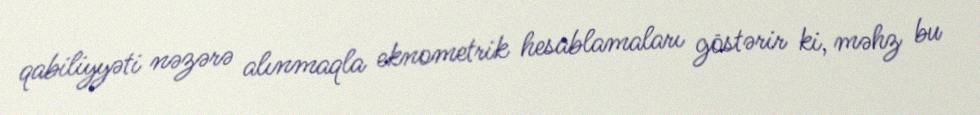
qabiliyyəti nəzərə alınmaqla eknometrik hesablamaları göstərir ki, məhz bu